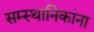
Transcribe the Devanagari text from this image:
सम्स्थानिकांना